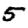
Digit: 5